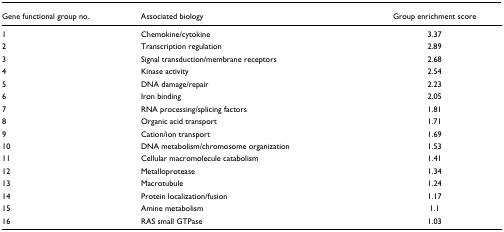
<table><thead><tr><td><b>Gene functional group no.</b></td><td><b>Associated biology</b></td><td><b>Group enrichment score</b></td></tr></thead><tbody><tr><td>1</td><td>Chemokine/cytokine</td><td>3.37</td></tr><tr><td>2</td><td>Transcription regulation</td><td>2.89</td></tr><tr><td>3</td><td>Signal transduction/membrane receptors</td><td>2.68</td></tr><tr><td>4</td><td>Kinase activity</td><td>2.54</td></tr><tr><td>5</td><td>DNA damage/repair</td><td>2.23</td></tr><tr><td>6</td><td>Iron binding</td><td>2.05</td></tr><tr><td>7</td><td>RNA processing/splicing factors</td><td>1.81</td></tr><tr><td>8</td><td>Organic acid transport</td><td>1.71</td></tr><tr><td>9</td><td>Cation/ion transport</td><td>1.69</td></tr><tr><td>10</td><td>DNA metabolism/chromosome organization</td><td>1.53</td></tr><tr><td>11</td><td>Cellular macromolecule catabolism</td><td>1.41</td></tr><tr><td>12</td><td>Metalloprotease</td><td>1.34</td></tr><tr><td>13</td><td>Macrotubule</td><td>1.24</td></tr><tr><td>14</td><td>Protein localization/fusion</td><td>1.17</td></tr><tr><td>15</td><td>Amine metabolism</td><td>1.1</td></tr><tr><td>16</td><td>RAS small GTPase</td><td>1.03</td></tr></tbody></table>